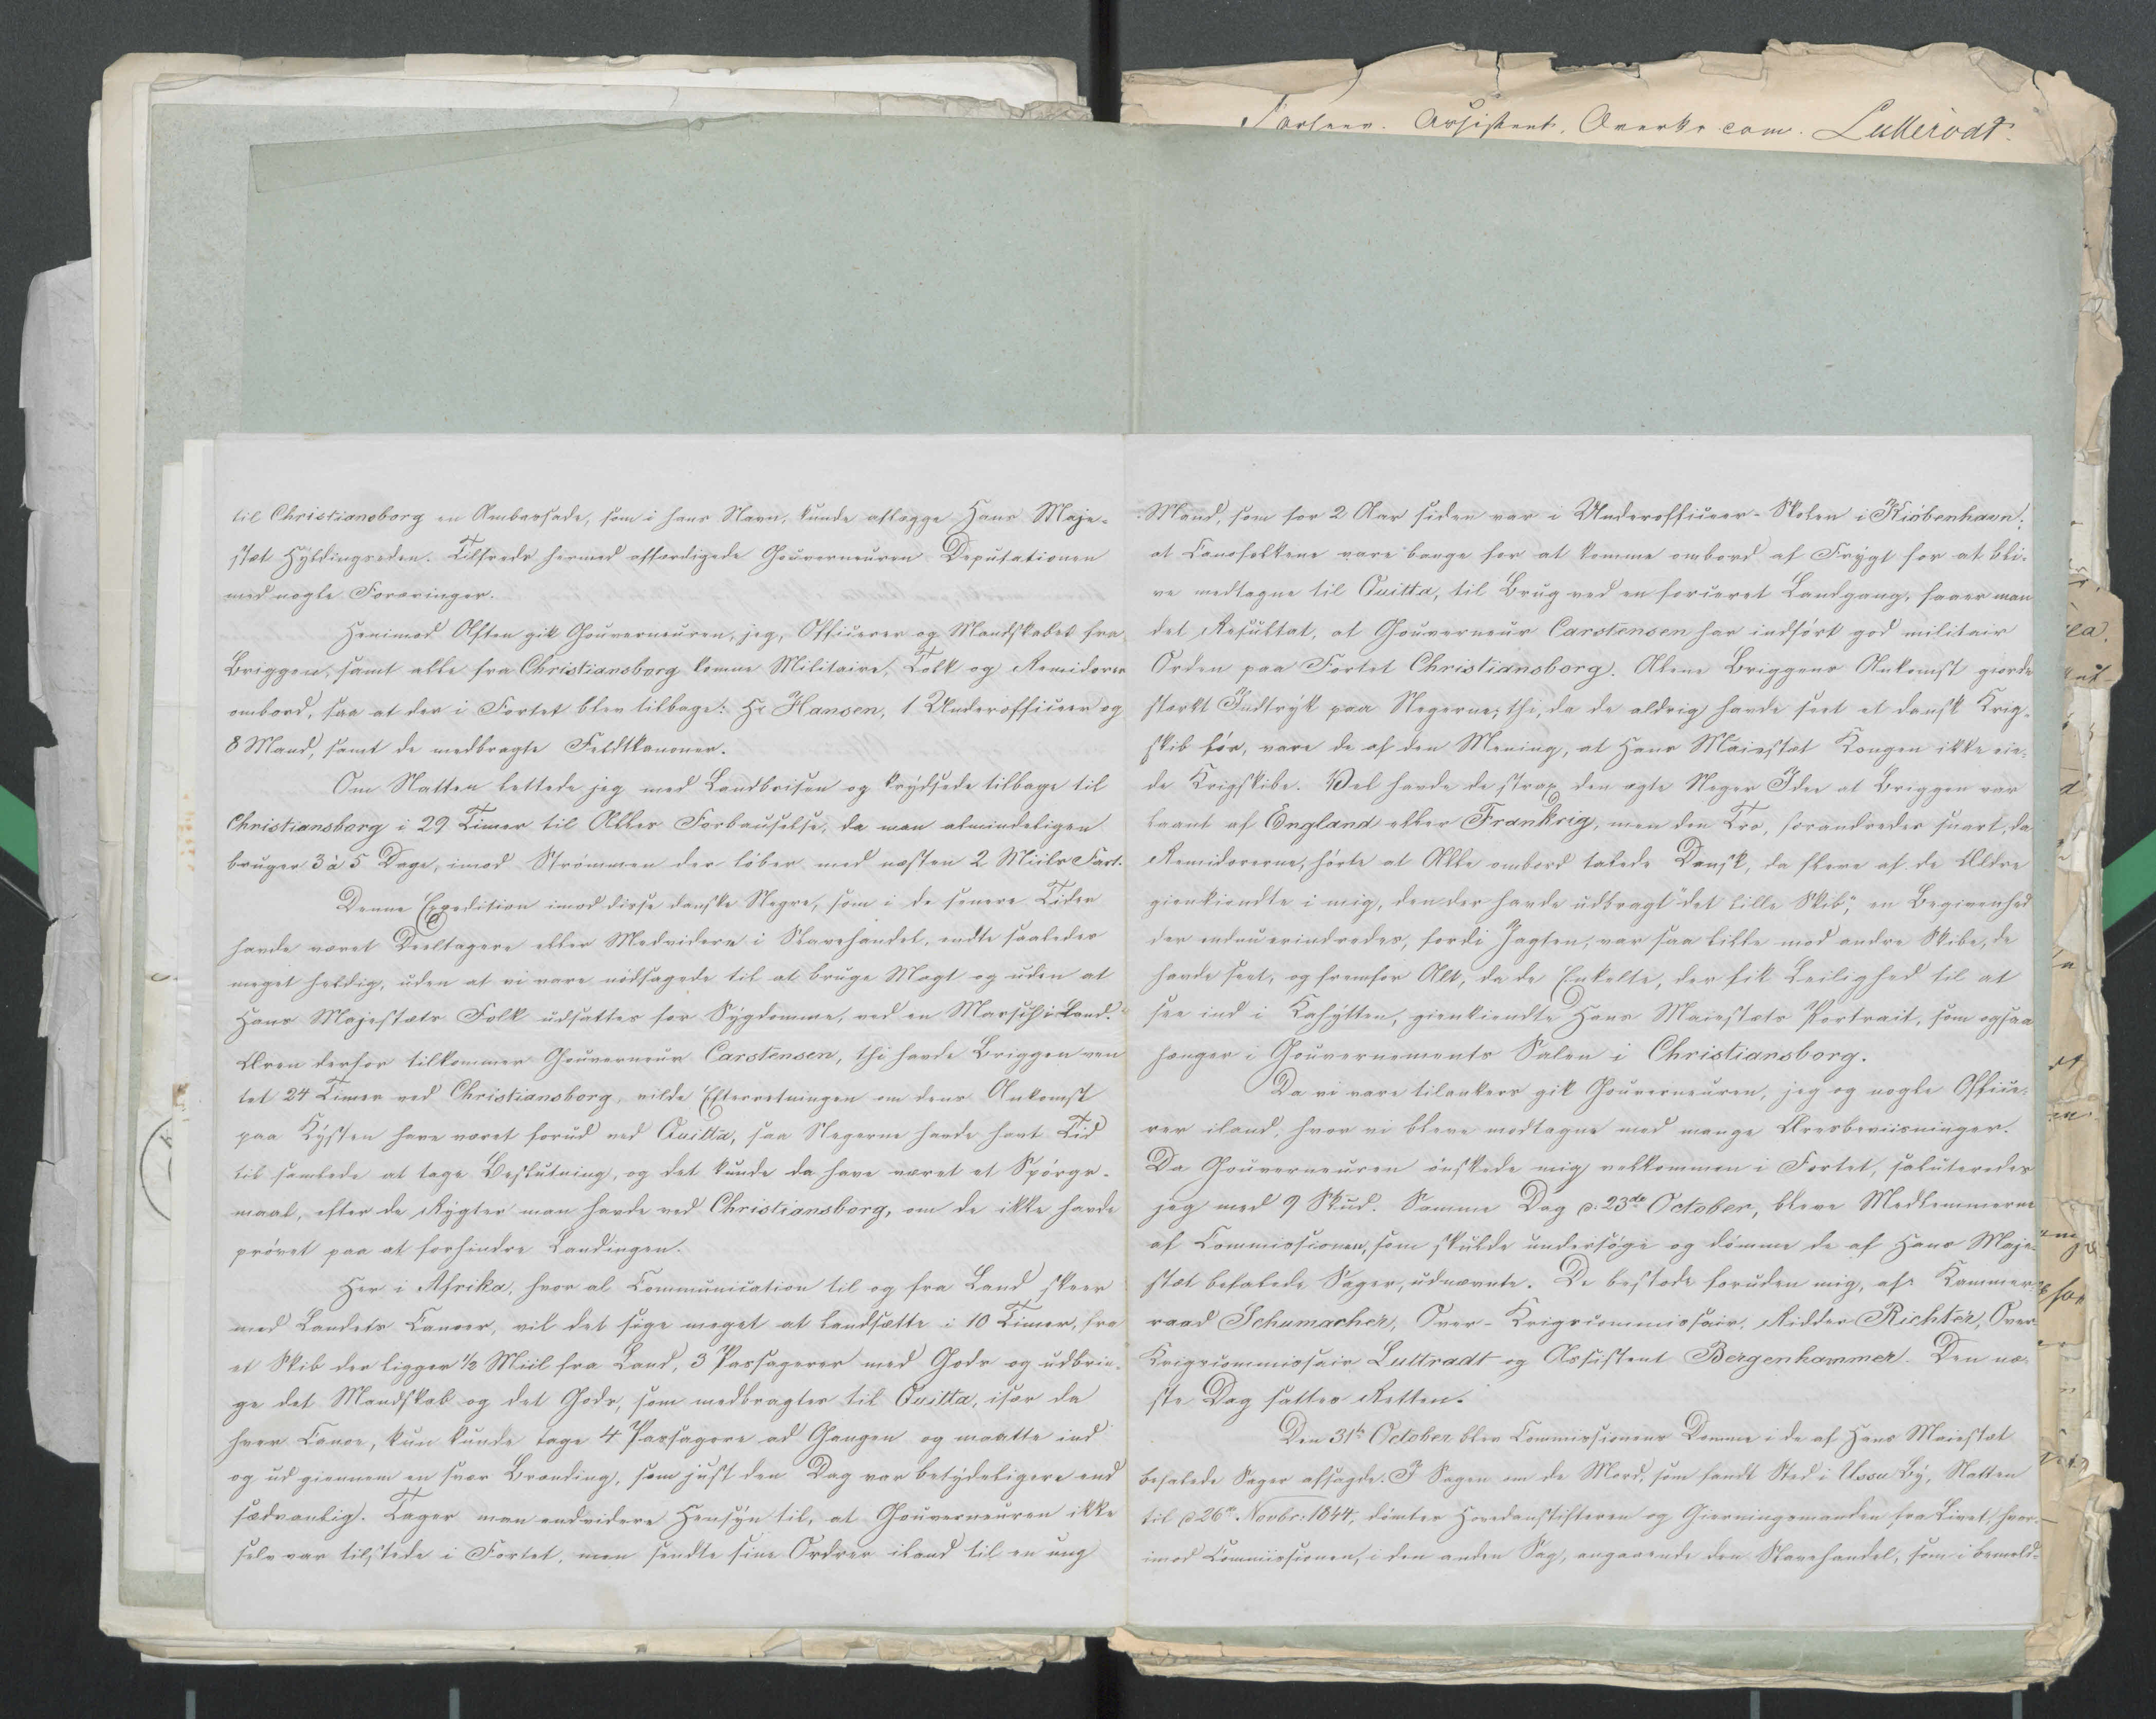
Transkription:
til Christiansborg en Ambassade, som i hans Navn, kunde aflægge Hans Maje=
stæt Hyldingseden. Tilrede hermed affærdigede Gouverneuren Deputationen
med nogle Foræringer.
Henimod Aften gik Gouverneuren, jeg, Officerer og Mandskabet fra
Briggen, samt alle fra Christiansborg komne Militaire, Tolk og Remidorer
ombord, saa at der i Fortet blev tilbage: Hr Hansen, 1 Underofficeer og
8 Mand, samt de medbragte Feltkanoner.
Om Natten lettede jeg med Landbrisen og krydsede tilbage til
Christiansborg i 29 Timer til Alles Forbauselse, da man almindeligen
bruger 3 à 5 Dage, imod Strømmen der løber med næsten 2 Miils Fart.
Denne Expedition imod disse danske Negre, som i de senere Tider
havde været deeltagere eller Medvidere i Slavehandel, endte saaledes
meget heldig, uden at vi vare nødsagede til at bruge Magt og uden at
Hans Majestæts Folk udsattes for Sygdomme, ved en Marsch i Land.
Æren derfor tilkommer Gouverneur Carstensen, thi havde Briggen ven
tet 24 Timer ved Christiansborg, vilde Efterretningen om dens Ankomst
paa Kysten have været forud ved Quitta, saa Negerne havde havt Tid
til samlede at tage Beslutning, og det kunde da have været et Spørge=
maal, efter de Rygter man havde ved Christiansborg, om de ikke havde
prøvet paa at forhindre Landingen.
Her i Afrika, hvor al Communication til og fra Land skeer
med Landets Canoer, vil det sige meget at landsætte i 10 Timer, fra
et Skib der ligger ½ Miil fra Land, 3 Passagerer med Gods og udbrin=
ge det Mandskab og det Gods, som medbragtes til Quitta, især da
hver Canoe, kun kunde tage 4 Passagere ad Gangen og maatte ind
og ud giennem en svær Brænding, som just den Dag var betydeligere end
sædvanlig. Tager man endvidere Hensyn til, at Gouverneuren ikke
selv var tilstede i Fortet, men sendte sine Ordrer iland til en ung

Mand, som for 2 Aar siden var i Underofficeer-Skolen i København:
at Canofolkene vare bange for at komme ambord af Frygt for at bli=
ve medtagne til Quitta, til Brug ved en forceret Landgang, faaer man
det Resultat, at Gouverneur Carstensen har indført god militair
Orden paa Fortet Christiansborg. Alene Briggens Ankomst giorde
stærkt Indtryk paa Negerne; thi, da de aldrig havde seet et dansk Krig=
Skib før, vare de af den Mening, at Hans Maiestæt Kongen ikke eie=
de Krigskibe. Vel havde de strax den ægte Neger Idee at Briggen var
laant af England eller Frankrig, men den Tro, forandredes snar, da
Remidorerne hørte at Alle ombord talede Dansk, da flere af de Ældre
gienkiendte i mig, den der havde udbragt "det lille Skib", en Begivenhed
der endnu erindredes, fordi Jagten, var saa lille mod andre Skibe, de
havde seet, og fremfor Alt, da de Enkelte, der fik Leilighed til at
see ind i Kahytten, gienkiendte Hans Maiestæts Portrait, som ogsaa
hænger i Gouvernements Salon i Christiansborg.
Da vi vare tilankers gik Gouverneuren, jeg og nogle Office=
rer iland, hvor vi bleve modtagne med mange Æresbeviisninger.
Da Gouverneuren ønskede mig velkommen i Fortet, saluteredes
jeg med 9 Skud. Samme Dag d: 23de October, bleve Medlemmerne
af Commissionen, som skulde undersøge og dømme de af Hans Maje=
stæt befalede Sager, udnævnte. De bestode foruden mig, af: Kammer=
raad Schumacher, Over-Krigscommissair, Ridder Richter, Over=
Krigscommissair Luttradt og Assistent Bergenkammer. Den næ=
ste Dag sattes Retten.
Den 31te October blev Commissionens Domme i de af Hans Maiestæt
befalede Sager afsagde. I Sagen om de Mord, som fandt Sted i Ussu By, Natten
til d 26de Novbr: 1844, dømtes Hovedanstifteren og Gierningsmanden fra Livet, hvor=
imod Commissionen, i den anden Sag, angaaende den Slavehandel, som i bemeld=